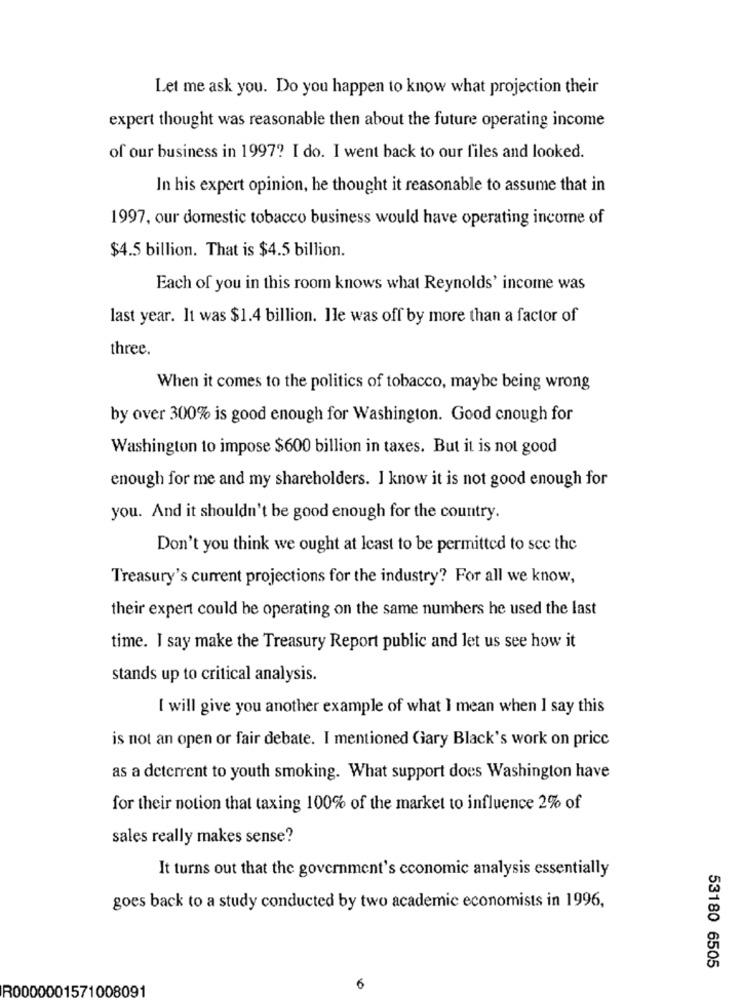
Let me ask you. Do you happen to know what projection their
expert thought was reasonable then about the future operating income
of our business in 1997? I do. I went back to our files and looked.
In his expert opinion, he thought it reasonable to assume that in
1997, our domestic tobacco business would have operating income of
$4.5 billion. That is $4.5 billion.
Each of you in this room knows what Reynolds' income was
last year. It was $1.4 billion. Ile was off by more than a factor of
three.
When it comes to the politics of tobacco, maybe being wrong
by over 300% is good enough for Washington. Good cnough for
Washington to impose $600 billion in taxes. But it is not good
enough for me and my shareholders. I know it is not good enough for
you. And it shouldn't be good enough for the country.
Don't you think we ought at least to be permitted to see the
Treasury's current projections for the industry? For all we know,
their expert could be operating on the same numbers he used the last
time. I say make the Treasury Report public and let us see how it
stands up to critical analysis.
I will give you another example of what I mean when I say this
is not an open or fair debate. I mentioned Gary Black's work on price
as a deterrent to youth smoking. What support does Washington have
for their notion that taxing 100% of the market to influence 2% of
sales really makes sense?
It turns out that the government's economic analysis essentially
goes back to a study conducted by two academic economists in 1996,
53180 6505
R0000001571008091
6